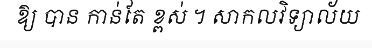
ឱ្យ បាន កាន់តែ ខ្ពស់ ។ សាកលវិទ្យាល័យ